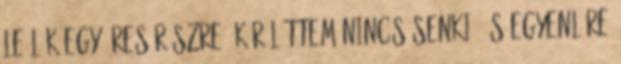
leülök egy üres részre. Körülöttem nincs senki, és egyenlőre